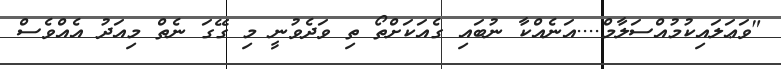
"ވަޢަލައިކުމުއްސަލާމް....އަނެއްކާ ނުބައި ގެއަކަށްތޯ ތި ވަދެވުނީ މި ގޭގަ ނެތް މިއަދު އެއްވެސް